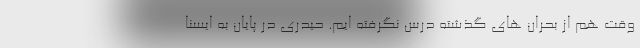
وقت هم از بحران های گذشته درس نگرفته ایم. حیدری در پایان به ایسنا